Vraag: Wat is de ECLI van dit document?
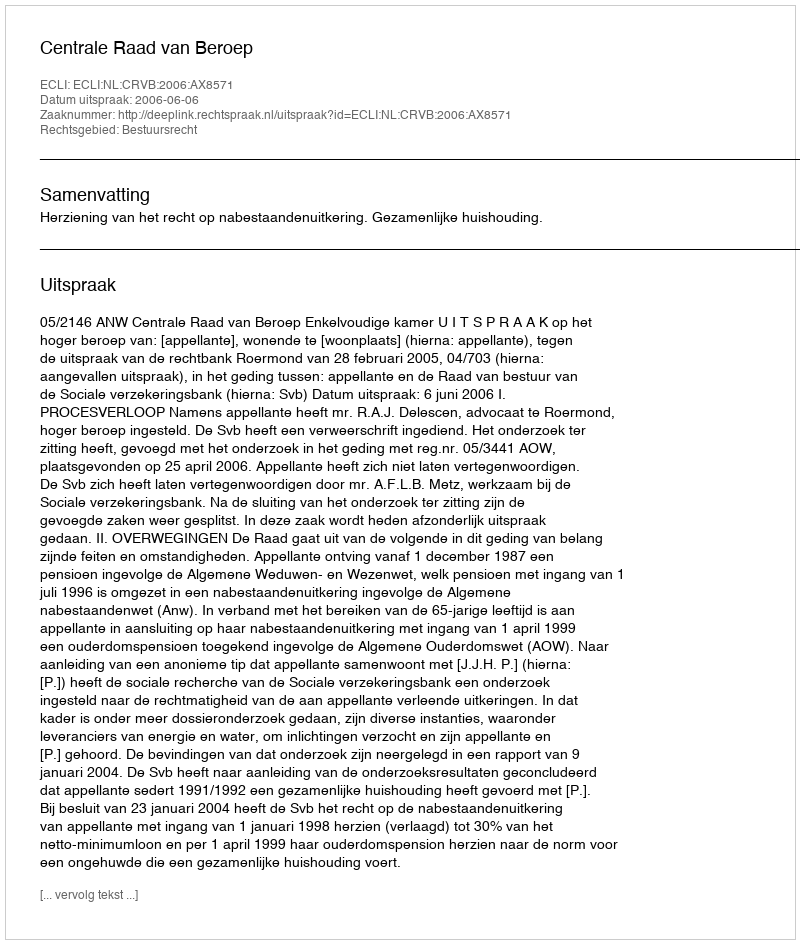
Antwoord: ECLI:NL:CRVB:2006:AX8571